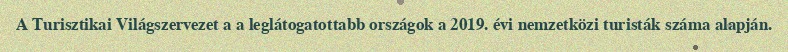
A Turisztikai Világszervezet a a leglátogatottabb országok a 2019. évi nemzetközi turisták száma alapján.